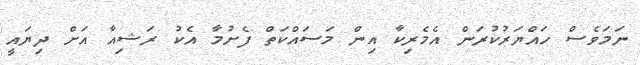
ނަމަވެސް ހައްޔަރުކުރަން އެމެރިކާ އިން މަސައްކަތް ފެށުމާ އެކު ރަޝިއާ އަށް ދިޔައީ